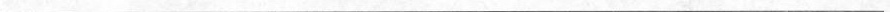
___